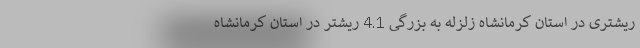
ریشتری در استان کرمانشاه زلزله به بزرگی 4.1 ریشتر در استان کرمانشاه